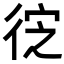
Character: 𭛮